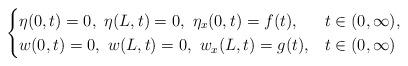
LaTeX: \begin{align*}\begin{cases}\eta(0,t)=0,\,\,\eta(L,t)=0,\,\,\eta_{x}(0,t)=f(t),&t \in (0,\infty), \\w(0,t)=0,\,\,w(L,t)=0,\,\,w_{x}(L,t)=g(t),& t \in (0,\infty)\end{cases}\end{align*}